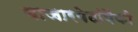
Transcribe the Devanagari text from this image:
बाजारपेठांपैकी